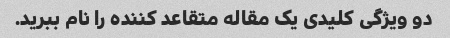
دو ویژگی کلیدی یک مقاله متقاعد کننده را نام ببرید.